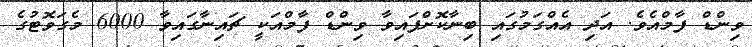
ވިންޑް ފާމްއެވެ. އަދި އެއްގަމުގައި ބިނާކޮށްފައިވާ ވިންޑް ފާމްއަކީ ޗައިނާގައިވާ 6000 މެގަވޮޓުގެ